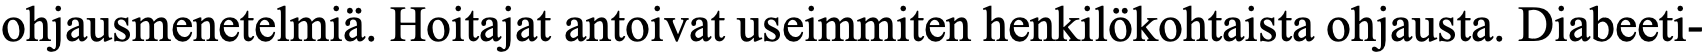
ohjausmenetelmiä. Hoitajat antoivat useimmiten henkilökohtaista ohjausta. Diabeeti-